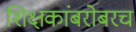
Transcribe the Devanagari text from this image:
शिक्षकांबरोबरच